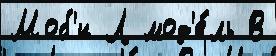
Моб'и Л мод'е́ль В